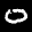
Label: 0